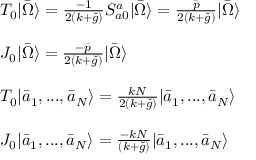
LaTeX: \begin{array} { l } { { T _ { 0 } | \bar { \Omega } \rangle = \frac { - 1 } { 2 ( k + \check { g } ) } S _ { a 0 } ^ { a } | \bar { \Omega } \rangle = \frac { \bar { p } } { 2 ( k + \check { g } ) } | \bar { \Omega } \rangle } } \\ { { \ } } \\ { { J _ { 0 } | \bar { \Omega } \rangle = \frac { - \bar { p } } { 2 ( k + \check { g } ) } | \bar { \Omega } \rangle } } \\ { { \ } } \\ { { T _ { 0 } | \bar { a } _ { 1 } , . . . , \bar { a } _ { N } \rangle = \frac { k N } { 2 ( k + \check { g } ) } | \bar { a } _ { 1 } , . . . , \bar { a } _ { N } \rangle } } \\ { { \ } } \\ { { J _ { 0 } | \bar { a } _ { 1 } , . . . , \bar { a } _ { N } \rangle = \frac { - k N } { ( k + \check { g } ) } | \bar { a } _ { 1 } , . . . , \bar { a } _ { N } \rangle } } \end{array}